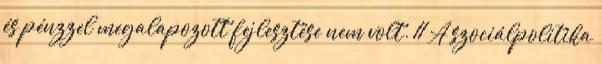
és pénzzel megalapozott fejlesztése nem volt. 11 A szociálpolitika